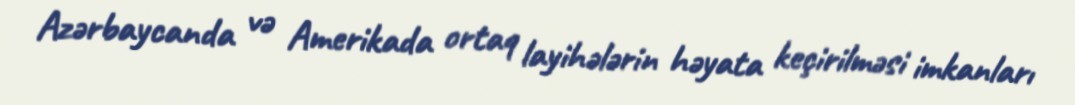
Azərbaycanda və Amerikada ortaq layihələrin həyata keçirilməsi imkanları